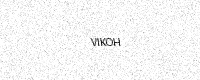
Text: VIKOH